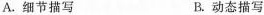
A.细节描写 B.动态描写